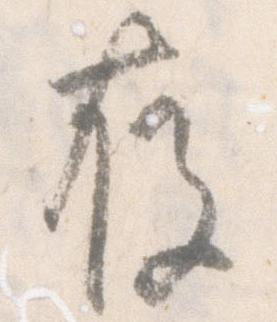
存